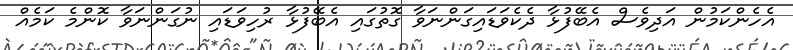
އެހެންކަމުން އަދިވެސް އެބޭފުޅާ ދެކެވަޑައިގަންނަވާ ގޮތުގައި އެބޭފުޅާ ރުހިވަޑައި ނުގަންނަވާ ކޮންމެ ކަމެއް